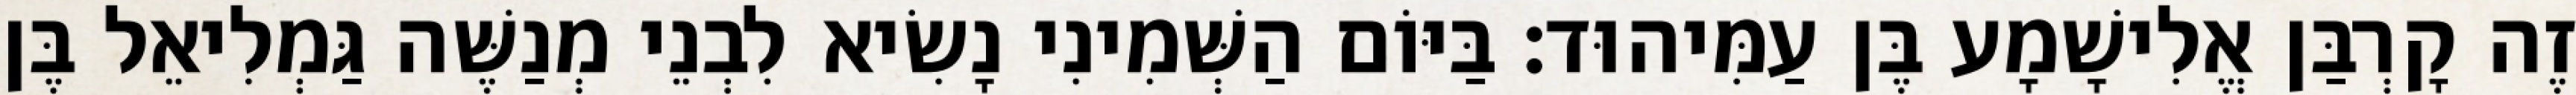
זֶה קָרְבַּן אֱלִישָׁמָע בֶּן עַמִּיהוּד׃ בַּיּוֹם הַשְּׁמִינִי נָשִׂיא לִבְנֵי מְנַשֶּׁה גַּמְלִיאֵל בֶּן